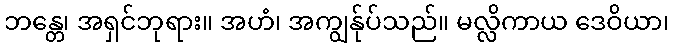
ဘန္တေ၊ အရှင်ဘုရား။ အဟံ၊ အကျွန်ုပ်သည်။ မလ္လိကာယ ဒေဝိယာ၊